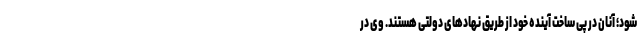
شود؛ آنان در‌ پی ساخت آینده خود از طریق نهادهای دولتی هستند. وی در